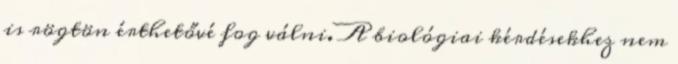
is rögtön érthetővé fog válni. A biológiai kérdésekhez nem